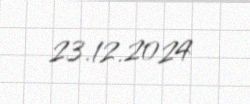
23.12.2024